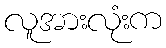
လူအားလုံးက